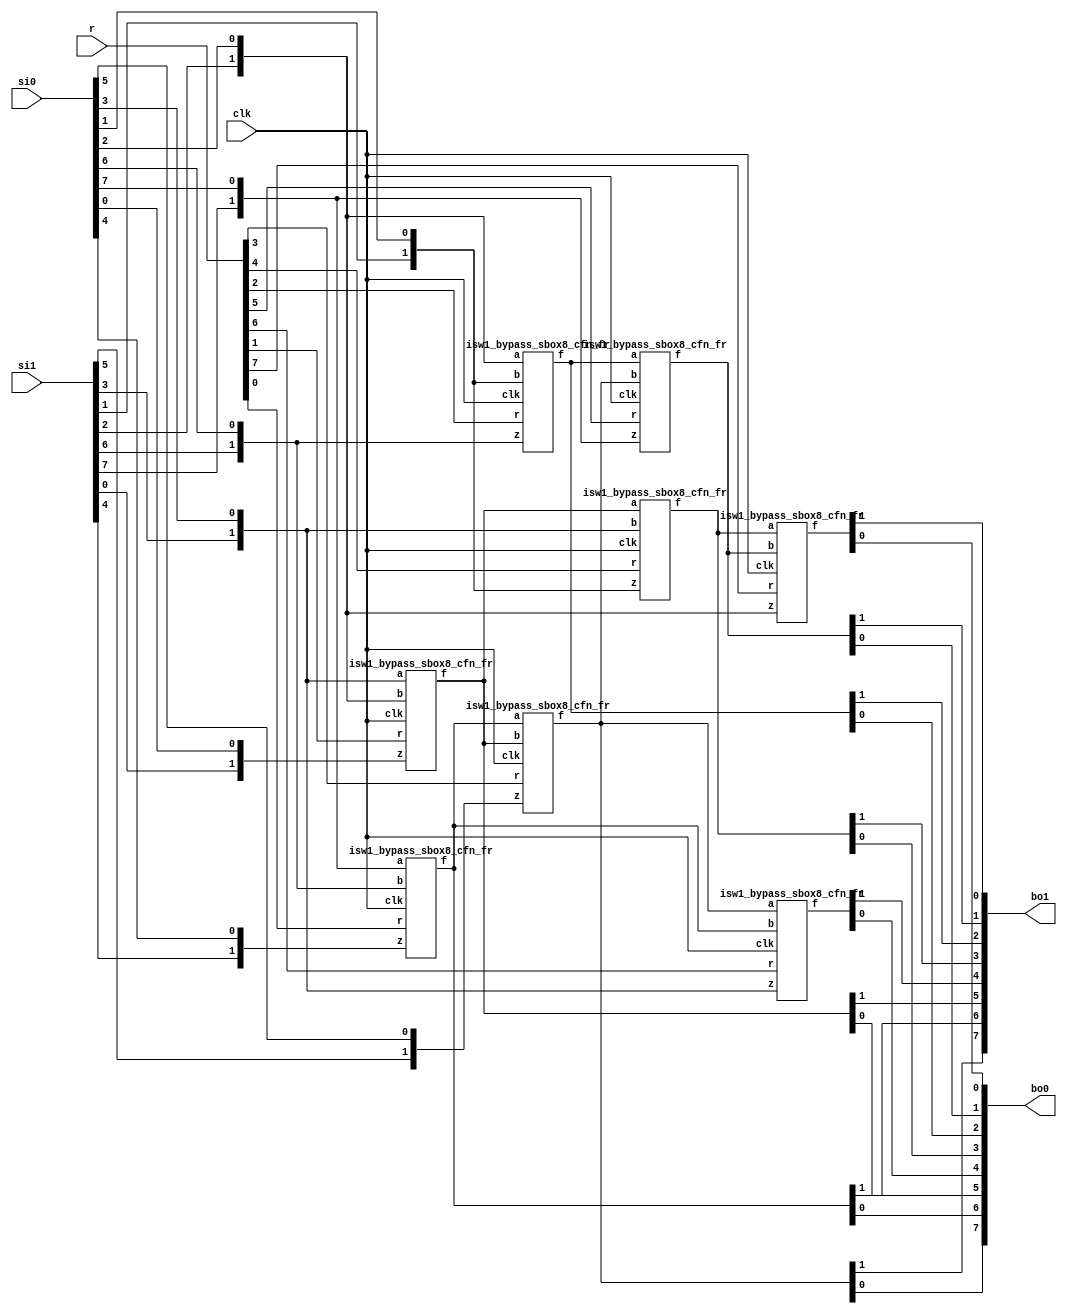
/*
 Designer: Mustafa Khairallah
 Nanyang Technological University
 Singapore
 Date: July, 2021
 */

// The ISW gadget based sbox8 with registered shares.
// Takes 8 cycles. Non-pipelined, so the input
// must remain stable for 8 cycles, including the 
// refreshing mask r.

module skinny_sbox8_isw1_bypass_non_pipelined (/*AUTOARG*/
   // Outputs
   bo1, bo0,
   // Inputs
   si1, si0, r, clk
   ) ;
   (*equivalent_register_removal = "no" *)output [7:0] bo1; // share 1
   (*equivalent_register_removal = "no" *)output [7:0] bo0; // share 0

   (*equivalent_register_removal = "no" *)input [7:0] 	si1; // share 1
   (*equivalent_register_removal = "no" *)input [7:0] 	si0; // share 0
   (*equivalent_register_removal = "no" *)input [7:0]  r;   // refreshing mask
   (*equivalent_register_removal = "no" *)input        clk;

   wire [1:0]   bi7;
   wire [1:0]   bi6;
   wire [1:0]   bi5;
   wire [1:0]   bi4;
   wire [1:0]   bi3;
   wire [1:0]   bi2;
   wire [1:0]   bi1;
   wire [1:0]   bi0;

   wire [1:0]   a7;
   wire [1:0]   a6;
   wire [1:0]   a5;
   wire [1:0]   a4;
   wire [1:0]   a3;
   wire [1:0]   a2;
   wire [1:0]   a1;
   wire [1:0]   a0;
 
   assign bi0 = {si1[0],si0[0]};
   assign bi1 = {si1[1],si0[1]};
   assign bi2 = {si1[2],si0[2]};
   assign bi3 = {si1[3],si0[3]};
   assign bi4 = {si1[4],si0[4]};
   assign bi5 = {si1[5],si0[5]};
   assign bi6 = {si1[6],si0[6]};
   assign bi7 = {si1[7],si0[7]};

   (*equivalent_register_removal = "no" *)isw1_bypass_sbox8_cfn_fr b764 (a0,bi7,bi6,bi4,r[0],clk);
   (*equivalent_register_removal = "no" *)isw1_bypass_sbox8_cfn_fr b320 (a1,bi3,bi2,bi0,r[1],clk);
   (*equivalent_register_removal = "no" *)isw1_bypass_sbox8_cfn_fr b216 (a2,bi2,bi1,bi6,r[2],clk);
   (*equivalent_register_removal = "no" *)isw1_bypass_sbox8_cfn_fr b015 (a3,a0, a1, bi5,r[3],clk);
   (*equivalent_register_removal = "no" *)isw1_bypass_sbox8_cfn_fr b131 (a4,a1, bi3,bi1,r[4],clk);
   (*equivalent_register_removal = "no" *)isw1_bypass_sbox8_cfn_fr b237 (a5,a2, a3, bi7,r[5],clk);
   (*equivalent_register_removal = "no" *)isw1_bypass_sbox8_cfn_fr b303 (a6,a3, a0, bi3,r[6],clk);
   (*equivalent_register_removal = "no" *)isw1_bypass_sbox8_cfn_fr b422 (a7,a4, a5, bi2,r[7],clk);

   assign {bo1[6],bo0[6]} = a0;
   assign {bo1[5],bo0[5]} = a1;
   assign {bo1[2],bo0[2]} = a2;
   assign {bo1[7],bo0[7]} = a3;
   assign {bo1[3],bo0[3]} = a4;
   assign {bo1[1],bo0[1]} = a5;
   assign {bo1[4],bo0[4]} = a6;
   assign {bo1[0],bo0[0]} = a7;
   
endmodule // skinny_sbox8_isw1_non_pipelined

// The core registered function of the skinny sbox8.
// fr: fully registered, all and operations are
// registered.
// cfn: core function
// The core function is basically (x nor y) xor z
// We use de morgan's law to convert it to:
// ((~x) and (~y)) xor z and use the ISW
// multiplier for the and gate.

module isw1_bypass_sbox8_cfn_fr (/*AUTOARG*/
   // Outputs
   f,
   // Inputs
   a, b, z, r, clk
   ) ;
   (*equivalent_register_removal = "no" *)output  [1:0]        f;
   (*equivalent_register_removal = "no" *)input [1:0]         a, b, z;
   (*equivalent_register_removal = "no" *)input               r, clk;

   wire [1:0] 	       x, y;
   
   (*equivalent_register_removal = "no" *)reg [1:0] 	       u [1:0];

   assign x = {a[1],~a[0]};
   assign y = {b[1],~b[0]};
   
   always @ (posedge clk) begin
      u[0][0] <= (x[1] & y[1]);
      u[1][1] <= (x[0] & y[0]);
      
      u[0][1] <= (x[0] &  y[1] ) ^ r;
      u[1][0] <= (x[1] &  y[0] ) ^ r;      
   end

   assign f[1] = u[1][0] ^ u[1][1] ^ z[1];
   assign f[0] = u[0][1] ^ u[0][0] ^ z[0];
   
endmodule // isw1_sbox8_cfn_fr